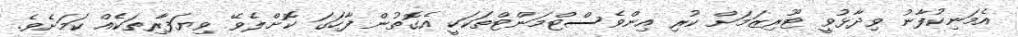
އެމަނިކުފާނު ވިދާޅުވީ ޓޫރިޒަމަށް ކުރި އިންވެސްޓްމަންޓްތަކަކީ އެގޮތުން ފާހަގަ ކޮށްލެވޭ ވިޔަފާރިތަކެއް ކަމަށެވެ.